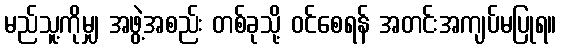
မည်သူ့ကိုမျှ အဖွဲ့အစည်း တစ်ခုသို့ ဝင်စေရန် အတင်းအကျပ်မပြုရ။